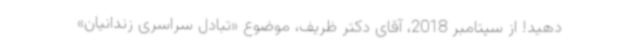
دهید! از سپتامبر 2018، آقای دکتر ظریف، موضوع «تبادل سراسری زندانیان»